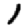
Digit: 1